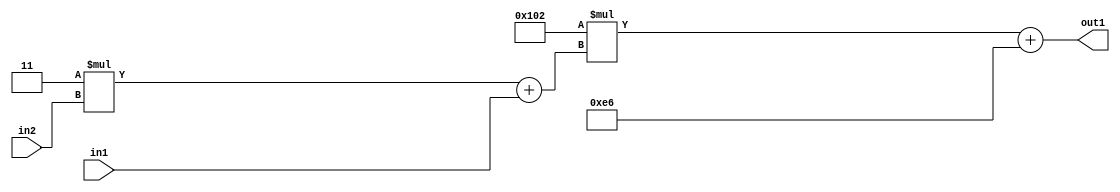
`timescale 1ps / 1ps
/*****************************************************************************
    Verilog RTL Description
    
    
    Created by: Stratus DpOpt 2019.1.01 
*******************************************************************************/

module DC_Filter_Add2i230Mul2i258Add2u1Mul2i3u2_1 (
	in2,
	in1,
	out1
	); /* architecture "behavioural" */ 
input [1:0] in2;
input  in1;
output [11:0] out1;
wire [11:0] asc001;
wire [3:0] asc002;

wire [3:0] asc002_tmp_0;
assign asc002_tmp_0 = 
	+(4'B0011 * in2);
assign asc002 = asc002_tmp_0
	+(in1);

wire [11:0] asc001_tmp_1;
assign asc001_tmp_1 = 
	+(12'B000100000010 * asc002);
assign asc001 = asc001_tmp_1
	+(12'B000011100110);

assign out1 = asc001;
endmodule

/* CADENCE  v7XyQwo= : u9/ySgnWtBlWxVPRXgAZ4Og= ** DO NOT EDIT THIS LINE ******/